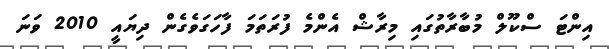
އިންޓަ ސްކޫލް މުބާރާތުގައި މިރާޝް އެންމެ ފުރަތަމަ ފާހަގަވެގެން ދިޔައީ 2010 ވަނަ